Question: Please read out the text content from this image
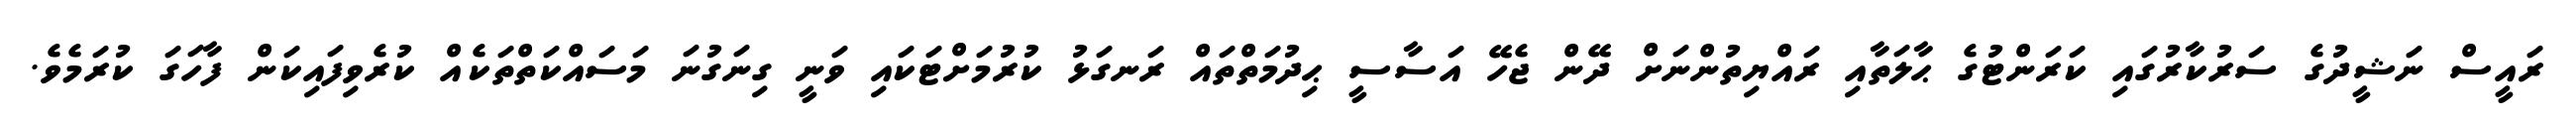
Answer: ރައީސް ނަޝީދުގެ ސަރުކާރުގައި ކަރަންޓުގެ ޙާލަތާއި ރައްޔިތުންނަށް ދޭން ޖެހޭ އަސާސީ ޙިދުމަތްތައް ރަނގަޅު ކުރުމަށްޓަކައި ވަނީ ގިނަގުނަ މަސައްކަތްތަކެއް ކުރެވިފައިކަން ފާހަގަ ކުރަމެވެ.